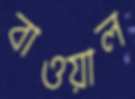
বাওয়াল